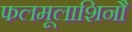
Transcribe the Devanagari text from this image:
फलमूलाशिनौ